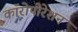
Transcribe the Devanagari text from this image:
कॉरोपोरेशन